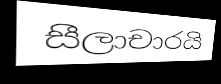
සීලාචාරයි